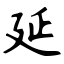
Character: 延